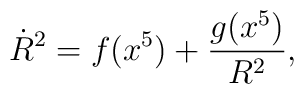
\dot{R}^2 =f(x^5) + \frac{g(x^5)}{R^2}  ,